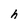
Character: h